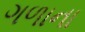
ગળાના